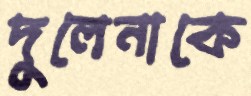
দুলেনাকে